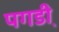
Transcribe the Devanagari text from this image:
पगडी़